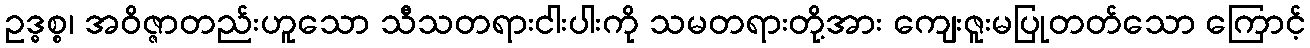
ဥဒ္ဓစ္စ၊ အဝိဇ္ဇာတည်းဟူသော သီသတရားငါးပါးကို သမတရားတို့အား ကျေးဇူးမပြုတတ်သော ကြောင့်